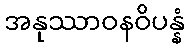
အနုဿာဝနဝိပန္နံ